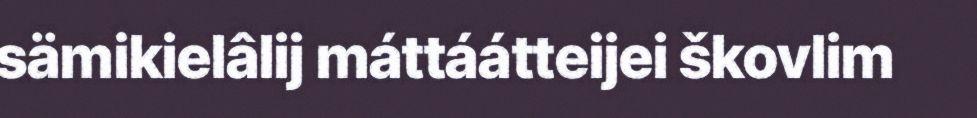
sämikielâlij máttáátteijei škovlim